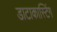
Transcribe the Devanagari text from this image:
डाटाकास्टिंग